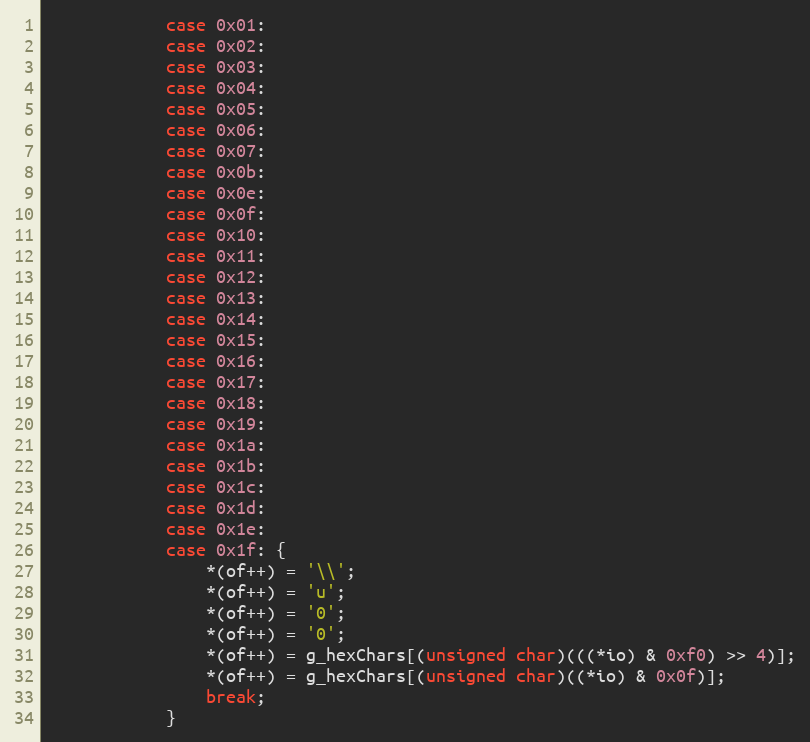
Language: C
            case 0x01:
            case 0x02:
            case 0x03:
            case 0x04:
            case 0x05:
            case 0x06:
            case 0x07:
            case 0x0b:
            case 0x0e:
            case 0x0f:
            case 0x10:
            case 0x11:
            case 0x12:
            case 0x13:
            case 0x14:
            case 0x15:
            case 0x16:
            case 0x17:
            case 0x18:
            case 0x19:
            case 0x1a:
            case 0x1b:
            case 0x1c:
            case 0x1d:
            case 0x1e:
            case 0x1f: {
                *(of++) = '\\';
                *(of++) = 'u';
                *(of++) = '0';
                *(of++) = '0';
                *(of++) = g_hexChars[(unsigned char)(((*io) & 0xf0) >> 4)];
                *(of++) = g_hexChars[(unsigned char)((*io) & 0x0f)];
                break;
            }